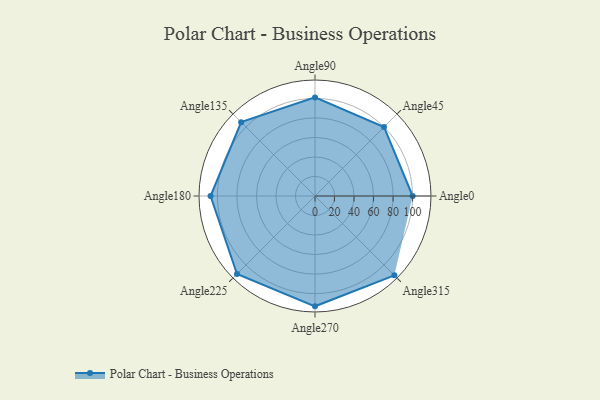
{"axis": {"x": "Angle", "y": "Radius"}, "legend": [""], "data": [{"x": "Angle0", "y": 100.0, "type": ""}, {"x": "Angle45", "y": 100.0, "type": ""}, {"x": "Angle90", "y": 101.0, "type": ""}, {"x": "Angle135", "y": 107.0, "type": ""}, {"x": "Angle180", "y": 107.0, "type": ""}, {"x": "Angle225", "y": 113.0, "type": ""}, {"x": "Angle270", "y": 113.0, "type": ""}, {"x": "Angle315", "y": 115.0, "type": ""}]}